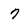
Character: 7